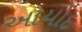
આયોદ